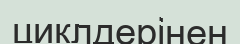
циклдерінен